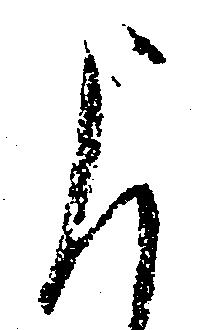
申